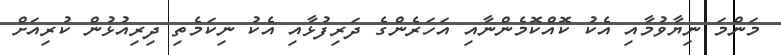
މަންމަ ނިޔާވުމާއި އެކު ކޮއްކޮމެންނާއި އަހަރެންގެ ދަރިފުޅާއި އެކު ނިކަމެތި ދިރިއުޅުން ކުރިއަށް